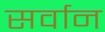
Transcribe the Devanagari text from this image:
सर्वान